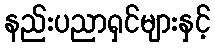
နည်းပညာရှင်များနှင့်